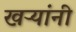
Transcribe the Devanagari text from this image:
खऱ्यांनी